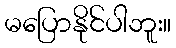
မပြောနိုင်ပါဘူး။